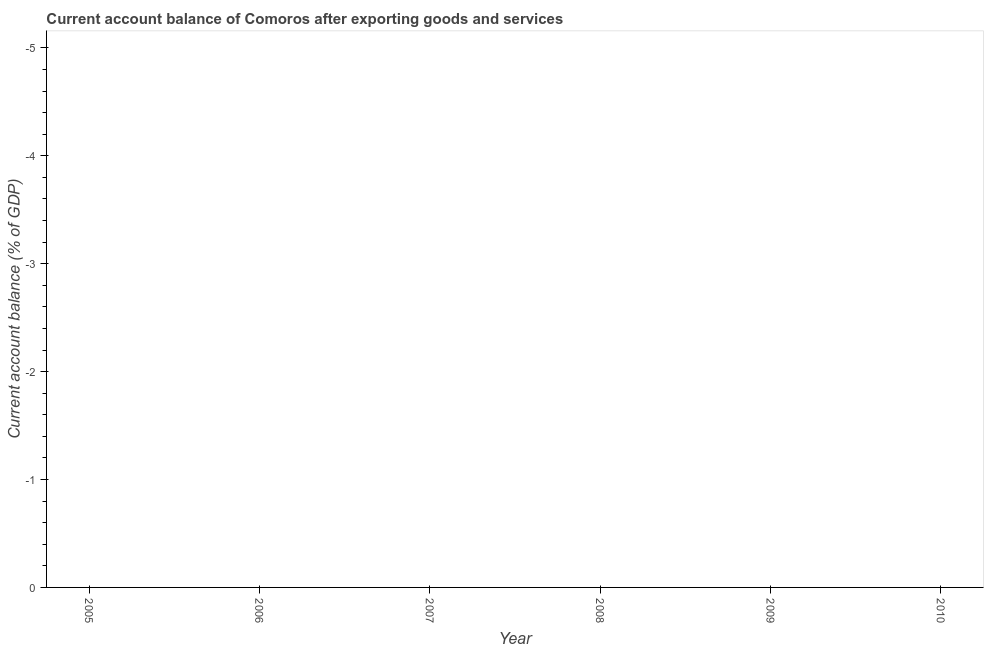
| Year | Current account balance |
 | --- | --- |
 | 2005 | -7.06 |
 | 2006 | -5.54 |
 | 2007 | -6.83 |
 | 2008 | -13.3 |
 | 2009 | -7.62 |
 | 2010 | -7.6 |